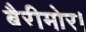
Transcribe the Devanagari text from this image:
बैरीमोर।